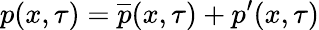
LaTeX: p(x,\tau)=\overline{{p}}(x,\tau)+p^{\prime}(x,\tau)